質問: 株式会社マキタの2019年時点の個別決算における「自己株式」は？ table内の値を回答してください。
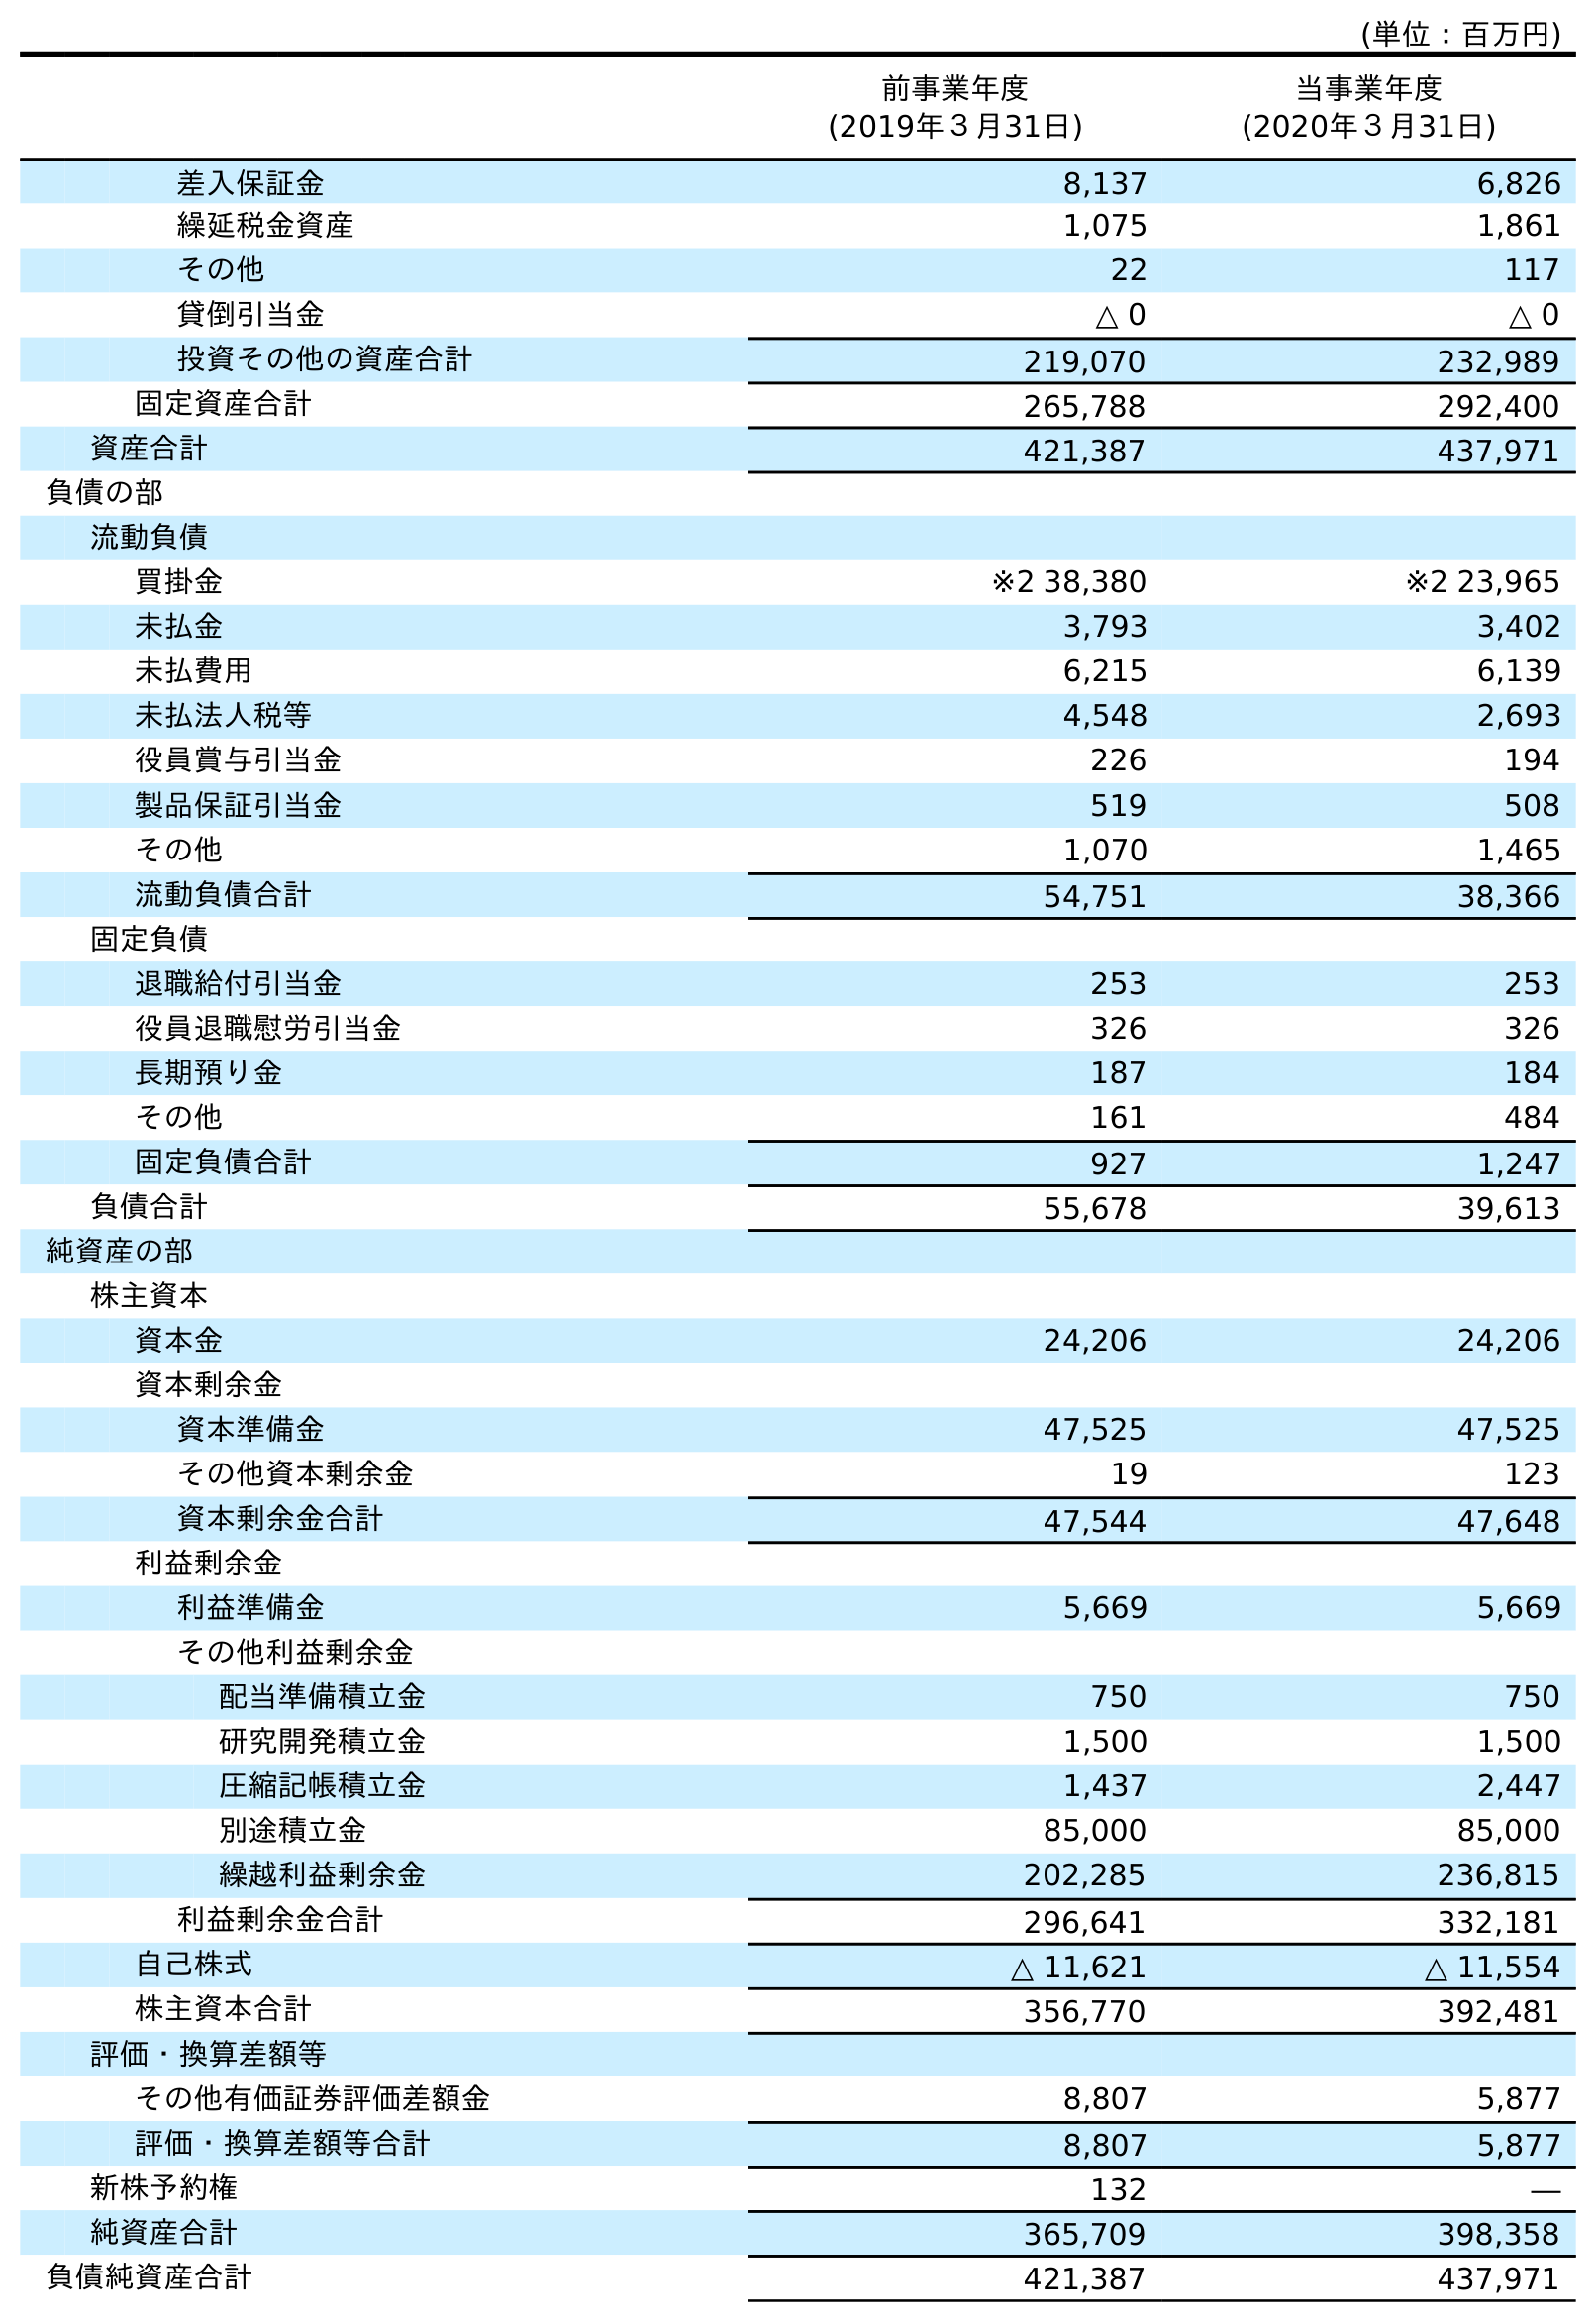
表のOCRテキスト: (単位：百万円) 前事業年度 (2019年３月31日) 当事業年度 (2020年３月31日) 差入保証金 8,137 6,826 繰延税金資産 1,075 1,861 その他 22 117 貸倒引当金 △ 0 △ 0 投資その他の資産合計 219,070 232,989 固定資産合計 265,788 292,400 資産合計 421,387 437,971 負債の部 流動負債 買掛金 ※2 38,380 ※2 23,965 未払金 3,793 3,402 未払費用 6,215 6,139 未払法人税等 4,548 2,693 役員賞与引当金 226 194 製品保証引当金 519 508 その他 1,070 1,465 流動負債合計 54,751 38,366 固定負債 退職給付引当金 253 253 役員退職慰労引当金 326 326 長期預り金 187 184 その他 161 484 固定負債合計 927 1,247 負債合計 55,678 39,613 純資産の部 株主資本 資本金 24,206 24,206 資本剰余金 資本準備金 47,525 47,525 その他資本剰余金 19 123 資本剰余金合計 47,544 47,648 利益剰余金 利益準備金 5,669 5,669 その他利益剰余金 配当準備積立金 750 750 研究開発積立金 1,500 1,500 圧縮記帳積立金 1,437 2,447 別途積立金 85,000 85,000 繰越利益剰余金 202,285 236,815 利益剰余金合計 296,641 332,181 自己株式 △ 11,621 △ 11,554 株主資本合計 356,770 392,481 評価・換算差額等 その他有価証券評価差額金 8,807 5,877 評価・換算差額等合計 8,807 5,877 新株予約権 132 ― 純資産合計 365,709 398,358 負債純資産合計 421,387 437,971
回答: △11,621